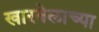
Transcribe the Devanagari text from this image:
खारवेलाच्या